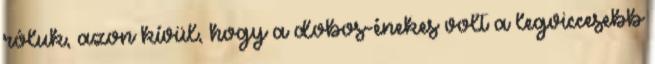
róluk, azon kívül, hogy a dobos-énekes volt a legviccesebb